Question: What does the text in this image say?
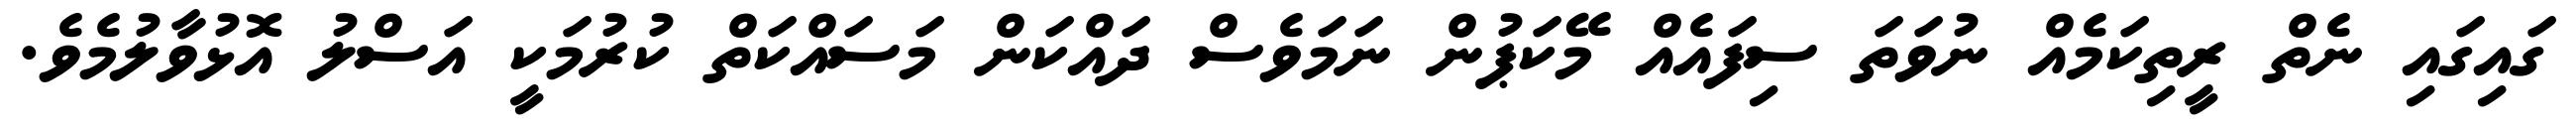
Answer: ގައިގައި ނެތް ރީތިކަމެއް ނުވަތަ ސިފައެއް މޭކަޕުން ނަމަވެސް ދައްކަން މަސައްކަތް ކުރުމަކީ އަސްލު އޮޅުވާލުމެވެ.